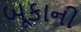
બૂકાની